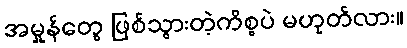
အမှုန်တွေ ဖြစ်သွားတဲ့ကိစ္စပဲ မဟုတ်လား။